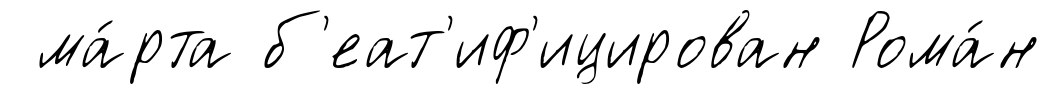
ма́рта б'еат'иф'ицирован Рома́н